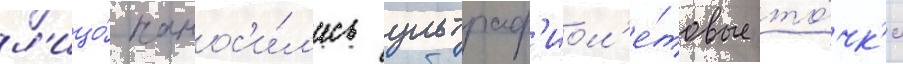
л'ицо́ нанос'и́л'ись ультраф'иол'е́товые то́чк'и